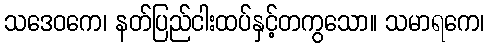
သဒေဝကေ၊ နတ်ပြည်ငါးထပ်နှင့်တကွသော။ သမာရကေ၊